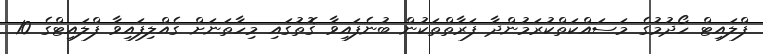
ފްލައިޓް ހޯދުމުގެ މަސައްކަތްކުރަމުންދާ ފަރާތްތަކުން ބުނެފައިވާ ގޮތުގައި މިހާތަނަށް ގެއްލިފައިވާ ފްލައިޓްގެ 10